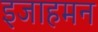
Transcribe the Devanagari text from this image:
इजाहमन